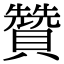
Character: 贊